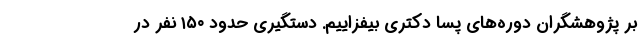
بر پژوهشگران دوره‌های پسا دکتری بیفزاییم. دستگیری حدود ۱۵۰ نفر در